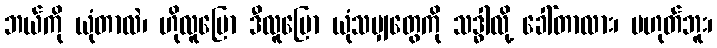
ဘယ်ကို ယုံတာလဲ၊ ဟိုလူပြော ဒီလူပြော ယုံသမျှတွေကို သဒ္ဓါလို့ ခေါ်တာလား၊ မဟုတ်ဘူး၊